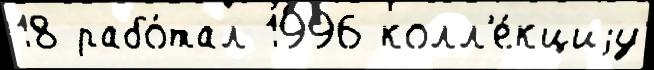
18 рабо́тал 1996 колл'е́кциjу